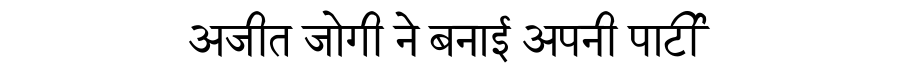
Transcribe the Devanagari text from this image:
अजीत जोगी ने बनाई अपनी पार्टी